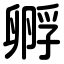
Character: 孵